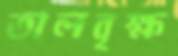
তালবৃক্ষ